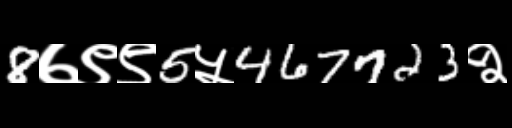
Text: 8७९९5५467723२